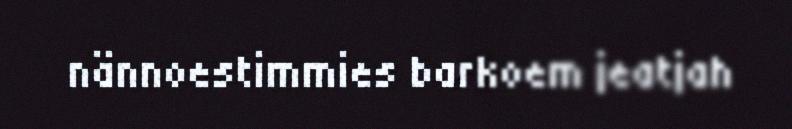
nännoestimmies barkoem jeatjah